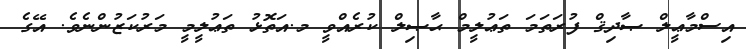
އިސްމާޢީލް ޞާދިޤް ފުރަތަމަ ތަޢުލީމް ޙާޞިލް ކުރެއްވީ މ.އަތޮޅު ތަޢުލީމީ މަރުކަޒުންނެވެ. އޭގެ